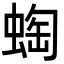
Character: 蜪